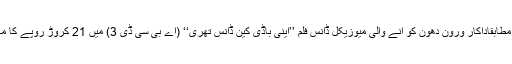
بھارتی ذرائع ابلاغ کے مطابقاداکار ورون دھون کو آنے والی میوزیکل ڈانس فلم ’’اینی باڈی کین ڈانس تھری‘‘ (اے بی سی ڈی 3) میں 21 کروڑ روپے کا معاوضہ دیا کیا جائے گا۔